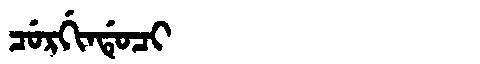
Manchu: ᠴᡠᡵᡤᡳᠨᡩᡠᠴᡳ
Romanization: CURGINDUCI